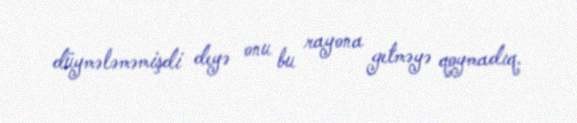
düymələməmişdi deyə onu bu rayona getməyə qoymadıq.